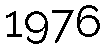
1976